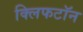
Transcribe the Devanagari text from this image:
क्लिफटॉन